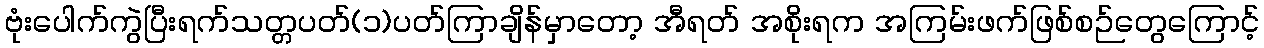
ဗုံးပေါက်ကွဲပြီးရက်သတ္တပတ်(၁)ပတ်ကြာချိန်မှာတော့ အီရတ် အစိုးရက အကြမ်းဖက်ဖြစ်စဉ်တွေကြောင့်